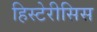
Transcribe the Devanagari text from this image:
हिस्टेरीसिस